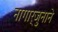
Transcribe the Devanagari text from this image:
नागार्जुनाने